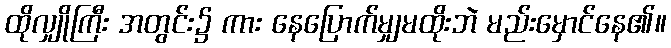
ထိုလျှိုကြီး အတွင်း၌ ကား နေပြောက်မျှမထိုးဘဲ မည်းမှောင်နေ၏။